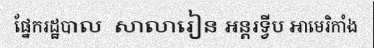
ផ្នែករដ្ឋបាល  សាលារៀន អន្តរទ្វីប អាមេរិកាំង